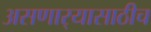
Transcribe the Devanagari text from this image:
असणार्‍यासाठीच